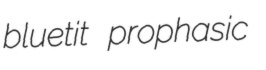
bluetit prophasic